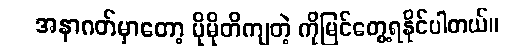
အနာဂတ်မှာတော့ ပိုမိုတိကျတဲ့ ကိုမြင်တွေ့ရနိုင်ပါတယ်။